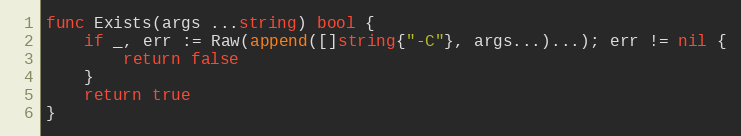
Language: Go
func Exists(args ...string) bool {
	if _, err := Raw(append([]string{"-C"}, args...)...); err != nil {
		return false
	}
	return true
}